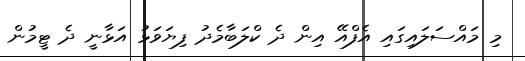
މި މައްސަލައިގައި އެފްއޭ އިން ދެ ކްލަބާމެދު ފިޔަވަޅު އަޅާނީ ދެ ޓީމުން